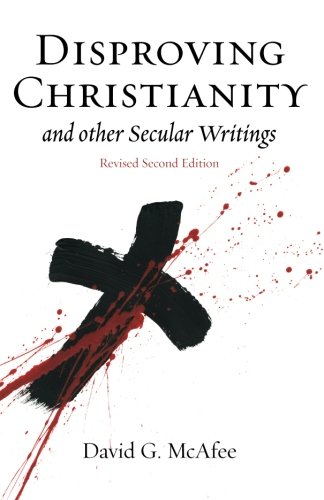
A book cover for Disproving Christianity and Other Secular Writings (2nd edition, revised); David G McAfee; Religion & Spirituality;